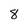
Character: 8